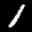
Label: 1